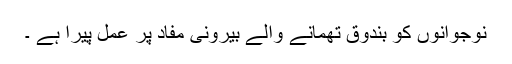
نوجوانوں کو بندوق تھمانے والے بیرونی مفاد پر عمل پیرا ہے ۔